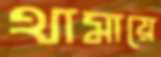
থামায়ে